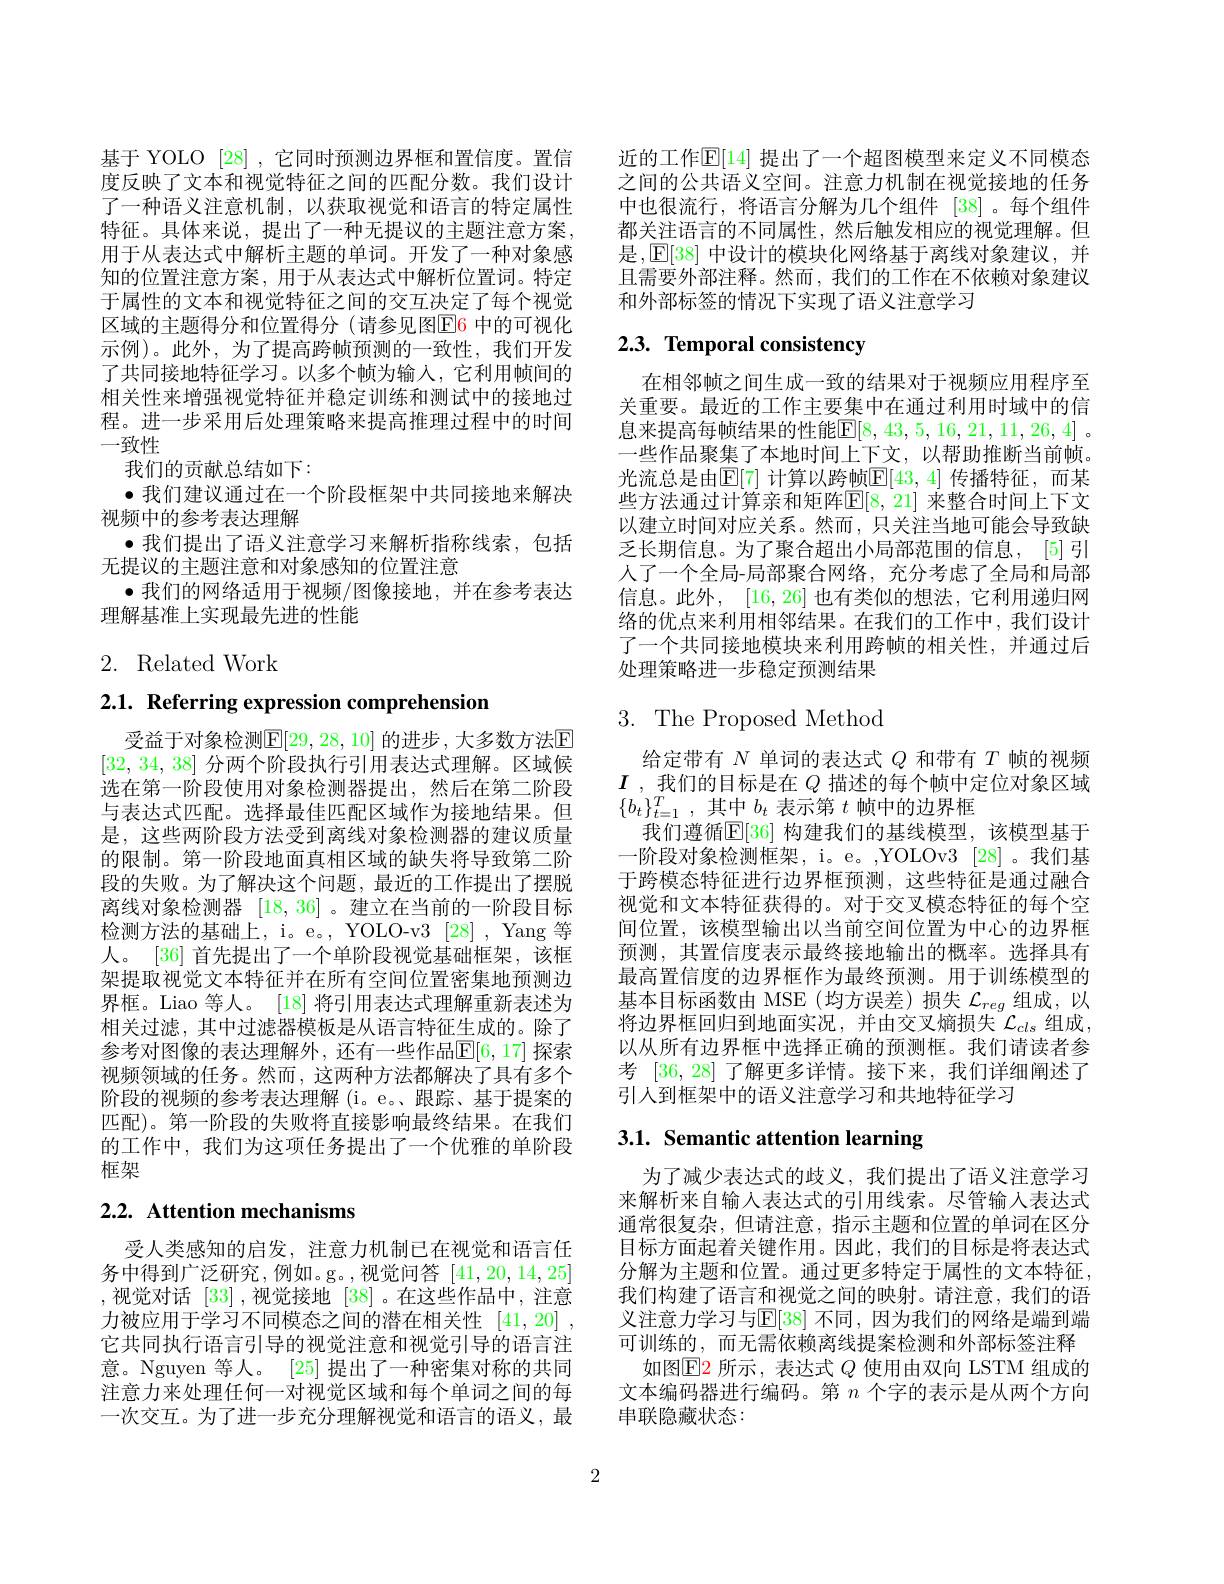
基于 YOLO [28] ,它同时预测边界框和置信度。置信度反映了文本和视觉特征之间的匹配分数。我们设计了一种语义注意机制，以获取视觉和语言的特定属性特征。具体来说，提出了一种无提议的主题注意方案， 用于从表达式中解析主题的单词。开发了一种对象感知的位置注意方案，用于从表达式中解析位置词。特定于属性的文本和视觉特征之间的交互决定了每个视觉区域的主题得分和位置得分 (请参见图$\overline{\mathrm{E}}6$ 中的可视化示例)。此外，为了提高跨帧预测的一致性，我们开发了共同接地特征学习。以多个帧为输人，它利用帧间的相关性来增强视觉特征并稳定训练和测试中的接地过程。进一步采用后处理策略来提高推理过程中的时间一致性
我们的贡献总结如下：
$\bullet$我们建议通过在一个阶段框架中共同接地来解决
视频中的参考表达理解
·我们提出了语义注意学习来解析指称线索，包括
无提议的主题注意和对象感知的位置注意
$\bullet$ 我们的网络适用于视频/图像接地，并在参考表达
理解基准上实现最先进的性能

# 2. Related Work

2.1. Referring expression comprehension

受益于对象检测$\mathbb{E}[29,28,10]$ 的进步 ,大多数方法E [32,34,38]分两个阶段执行引用表达式理解。区域候选在第一阶段使用对象检测器提出，然后在第二阶段与表达式匹配。选择最佳匹配区域作为接地结果。但是，这些两阶段方法受到离线对象检测器的建议质量的限制。第一阶段地面真相区域的缺失将导致第二阶段的失败。为了解决这个问题，最近的工作提出了摆脱离线对象检测器[18,36] 。建立在当前的一阶段目标检测方法的基础上，i。e。, YOLO-v3 [28] , Yang 等人。[36] 首先提出了一个单阶段视觉基础框架，该框架提取视觉文本特征并在所有空间位置密集地预测边界框。Liao 等人。[18] 将引用表达式理解重新表述为相关过滤，其中过滤器模板是从语言特征生成的。除了参考对图像的表达理解外，还有一些作品$\mathbb{E}[6,17]$ 探索视频领域的任务。然而，这两种方法都解决了具有多个阶段的视频的参考表达理解(i。e。、跟踪、基于提案的匹配)。第一阶段的失败将直接影响最终结果。在我们的工作中，我们为这项任务提出了一个优雅的单阶段框架

# 2.2. Attention mechanisms

受人类感知的启发，注意力机制已在视觉和语言任务中得到广泛研究，例如。g。,视觉问答[41,20,14,25] ,视觉对话[33],视觉接地[38]。在这些作品中，注意力被应用于学习不同模态之间的潜在相关性 [41,20] , 它共同执行语言引导的视觉注意和视觉引导的语言注意。Nguyen 等人。[25] 提出了一种密集对称的共同注意力来处理任何一对视觉区域和每个单词之间的每一次交互。为了进一步充分理解视觉和语言的语义，最

近的工作$\mathbb{E}[14]$ 提出了一个超图模型来定义不同模态之间的公共语义空间。注意力机制在视觉接地的任务中也很流行，将语言分解为几个组件 [38]。每个组件都关注语言的不同属性，然后触发相应的视觉理解。但是，E[38] 中设计的模块化网络基于离线对象建议，并且需要外部注释。然而，我们的工作在不依赖对象建议和外部标签的情况下实现了语义注意学习

# 2.3. Temporal consistency

在相邻帧之间生成一致的结果对于视频应用程序至关重要。最近的工作主要集中在通过利用时域中的信息来提高每帧结果的性能[8,43,5,16,21,11,26,4] 。一些作品聚集了本地时间上下文，以帮助推断当前帧光流总是由$\mathbb{E}[7]$ 计算以跨帧$\mathbb{E}[43,4]$ 传播特征，而某些方法通过计算亲和矩阵$\mathbb{E}[8,21]$ 来整合时间上下文以建立时间对应关系。然而，只关注当地可能会导致缺乏长期信息。为了聚合超出小局部范围的信息，[5] 引人了一个全局-局部聚合网络，充分考虑了全局和局部信息。此外，[16,26]也有类似的想法，它利用递归网络的优点来利用相邻结果。在我们的工作中，我们设计了一个共同接地模块来利用跨帧的相关性，并通过后处理策略进一步稳定预测结果

# 3. The Proposed Method

给定带有$N$单词的表达式$Q$和带有$T$帧的视频$I$ ,我们的目标是在$Q$描述的每个帧中定位对象区域$\{b_t\}_{t=1}^T$,其中$b_t$ 表示第 $t$ 帧中的边界框
我们遵循$\mathbb{E}[36]$ 构建我们的基线模型，该模型基于一阶段对象检测框架，i。e。,YOLOv3 [28] 。我们基于跨模态特征进行边界框预测，这些特征是通过融合视觉和文本特征获得的。对于交叉模态特征的每个空间位置，该模型输出以当前空间位置为中心的边界框预测，其置信度表示最终接地输出的概率。选择具有最高置信度的边界框作为最终预测。用于训练模型的基本目标函数由 MSE (均方误差)损失$\mathcal{L}_reg$组成，以将边界框回归到地面实况，并由交叉熵损失$\mathcal{L}_cls$ 组成， 以从所有边界框中选择正确的预测框。我们请读者参考[36,28]了解更多详情。接下来，我们详细阐述了引入到框架中的语义注意学习和共地特征学习

# 3.1. Semantic attention learning

为了减少表达式的歧义，我们提出了语义注意学习来解析来自输入表达式的引用线索。尽管输人表达式通常很复杂，但请注意，指示主题和位置的单词在区分目标方面起着关键作用。因此，我们的目标是将表达式分解为主题和位置。通过更多特定于属性的文本特征， 我们构建了语言和视觉之间的映射。请注意，我们的语义注意力学习与$\mathbb{E}[38]$ 不同 ,因为我们的网络是端到端可训练的，而无需依赖离线提案检测和外部标签注释
如图$\operatorname{E2}$所示，表达式$Q$使用由双向 LSTM 组成的文本编码器进行编码。第$n$个字的表示是从两个方向串联隐藏状态：

2